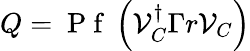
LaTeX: Q=\mathrm{~P~f~}\left(\mathcal{V}_{C}^{\dagger}\Gamma r\mathcal{V}_{C}\right)